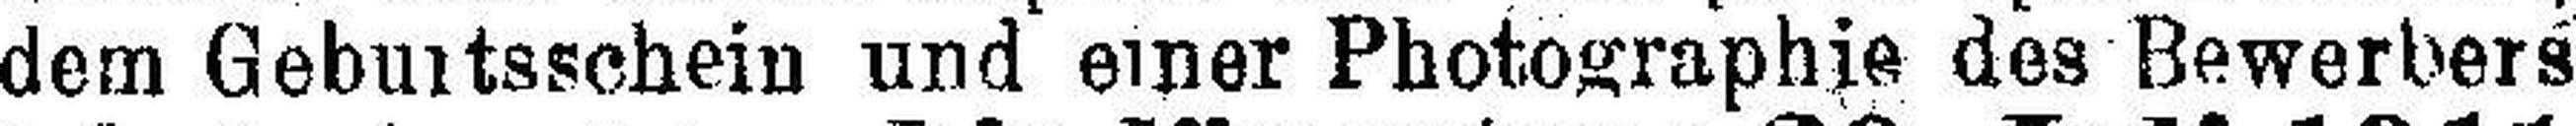
dem Geburtsschein und einer Photographie des Bewerbers